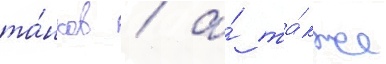
та́нков / а́ та́кже